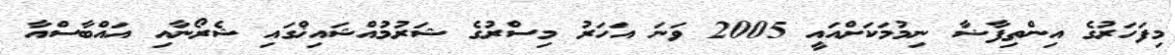
މިފަހަރުގެ އިންތިފާޟާ ނިމުމަކަށްއައީ 2005 ވަނަ އަހަރު މިސްރުގެ ޝަރުމުއްޝައިޚްގައި ޝެރޯނާއި އައްބާސްއާ